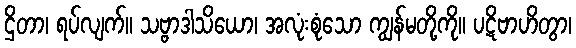
ဌိတာ၊ ရပ်လျက်။ သဗ္ဗာဒါသိယော၊ အလုံးစုံသော ကျွန်မတို့ကို။ ပဋိဗာဟိတွာ၊